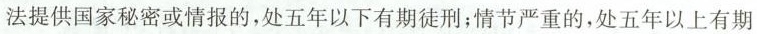
法提供国家秘密或情报的，处五年以下有期徒刑；情节严重的，处五年以上有期